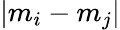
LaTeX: |m_{i}-m_{j}|